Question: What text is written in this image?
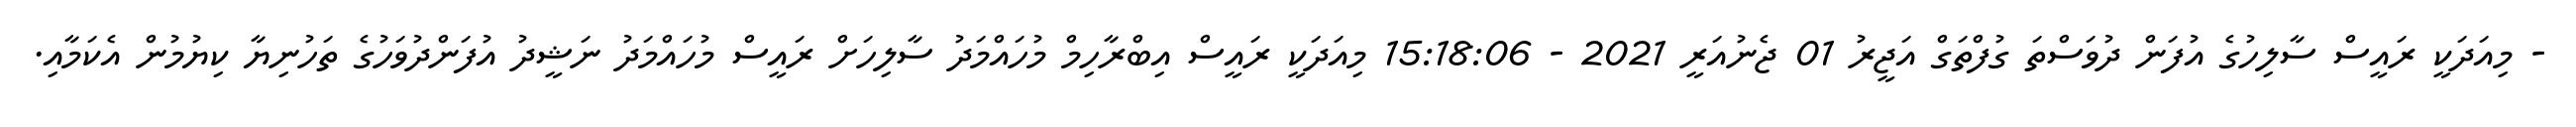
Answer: - މިއަދަކީ ރައީސް ސާލިހުގެ އުފަން ދުވަސްތަ ގުފްތަގް އަޖީރު 01 ޖެނުއަރީ 2021 - 15:18:06 މިއަދަކީ ރައީސް އިބްރާހިމް މުހައްމަދު ސާލިހަށް ރައީސް މުހައްމަދު ނަޝީދު އުފަންދުވަހުގެ ތަހުނިޔާ ކިޔުމުން އެކަމާއި.